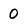
Character: 0